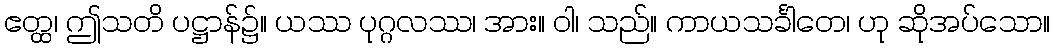
ဧတ္ထ၊ ဤသတိ ပဋ္ဌာန်၌။ ယဿ ပုဂ္ဂလဿ၊ အား။ ဝါ၊ သည်။ ကာယသင်္ခါတေ၊ ဟု ဆိုအပ်သော။